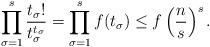
LaTeX: \begin{align*}\prod_{\sigma = 1}^s \frac{t_\sigma!}{t_\sigma^{t_\sigma}} = \prod_{\sigma = 1}^s f(t_{\sigma}) \leq f\left(\frac{n}{s}\right)^{s}.\end{align*}